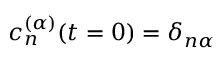
c _ { n } ^ { ( \alpha ) } ( t = 0 ) = \delta _ { n \alpha }